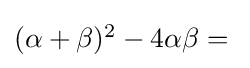
\textstyle (\alpha +\beta )^{2}-4\alpha \beta ={}